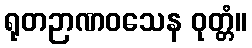
ရုတဉာဏဝသေန ဝုတ္တံ။